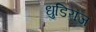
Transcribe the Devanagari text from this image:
धुडिराज